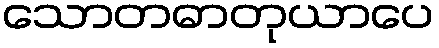
သောတဓာတုယာပေ